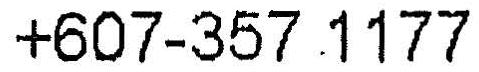
+607-357 1177